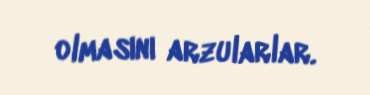
olmasını arzularlar.